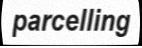
parcelling